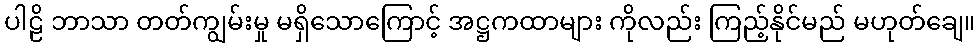
ပါဠိ ဘာသာ တတ်ကျွမ်းမှု မရှိသောကြောင့် အဋ္ဌကထာများ ကိုလည်း ကြည့်နိုင်မည် မဟုတ်ချေ။